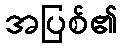
အပြစ်၏